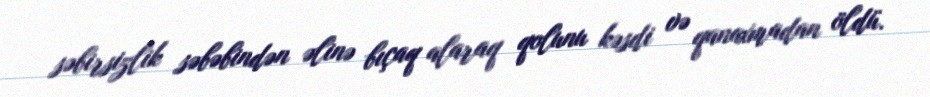
səbirsizlik səbəbindən əlinə bıçaq alaraq qolunu kəsdi və qanaxmadan öldü.